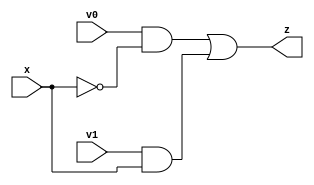
module Mux_21 (
    input wire v0,
    input wire v1,
    input wire x,
    output reg z
);

    always @ (*)begin
       z = (v0&~x)|(v1&x); 
    end

endmodule